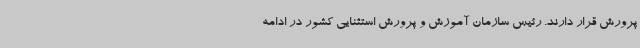
پرورش قرار دارند. رئیس سازمان آموزش و پرورش استثنایی کشور در ادامه